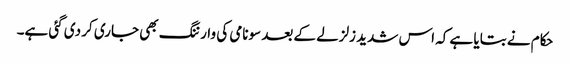
حکام نے بتایا ہے کہ اس شدید زلزلے کے بعد سونامی کی وارننگ بھی جاری کر دی گئی ہے۔